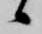
候